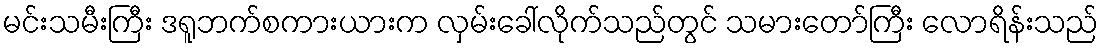
မင်းသမီးကြီး ဒရူဘက်စကားယားက လှမ်းခေါ်လိုက်သည်တွင် သမားတော်ကြီး လောရိန်းသည်